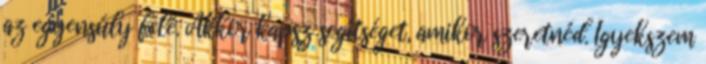
az egyensúly felé. Akkor kapsz segítséget, amikor szeretnéd. Igyekszem